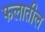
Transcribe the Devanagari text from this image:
फलातील